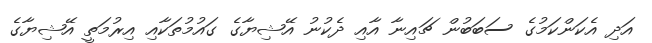
އަދި އެކަންކަމުގެ ސަބަބުން ޗައިނާ އާއި ދެކުނު އޭޝިޔާގެ ގައުމުތަކާއި އިރުމަތީ އޭޝިޔާގެ